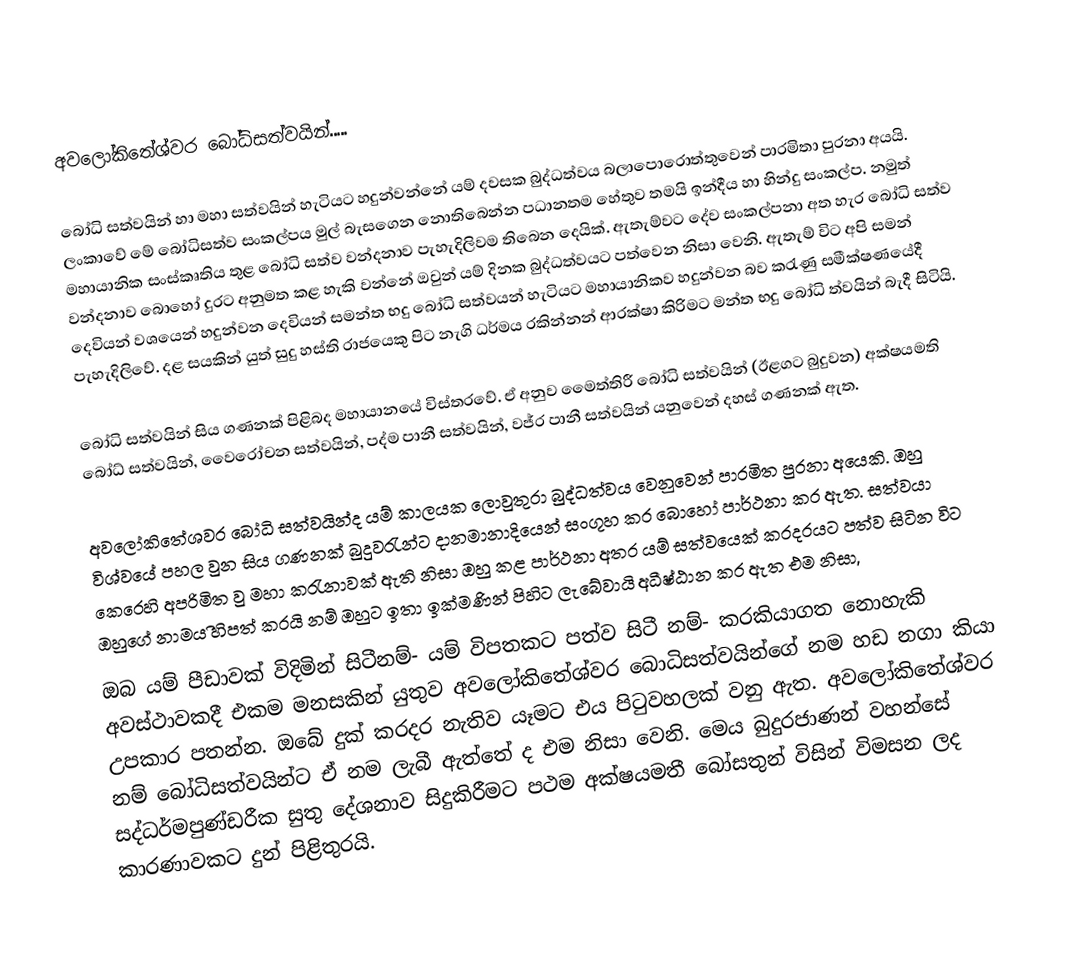
අවලෝකිතේශ්වර බෝධිසත්වයින්.....

බෝධි සත්වයින් හා මහා සත්වයින් හැටියට හදුන්වන්නේ යම් දවසක බුද්ධත්වය බලාපොරොත්තුවෙන් පාරමිතා පුරනා අයයි. ලංකාවේ මේ බෝධිසත්ව සංකල්පය මුල් බැසගෙන නොතිබෙන්න පධානතම හේතුව තමයි ඉන්දීය හා හින්දු සංකල්ප. නමුත් මහායානික සංස්කෘතිය තුළ බෝධි සත්ව වන්දනාව පැහැදිලිවම තිබෙන දෙයික්. ඇතැම්වට දේව සංකල්පනා අත හැර බෝධි සත්ව වන්දනාව බොහෝ දුරට අනුමත කළ හැකි වන්නේ ඔවුන් යම් දිනක බුද්ධත්වයට පත්වෙන නිසා වෙනි.  ඇතැම් විට අපි සමන් දෙවියන් වශයෙන් හදුන්වන දෙවියන් සමන්ත භදු බෝධි සත්වයන් හැටියට මහායානිකව හදුන්වන බව කරැණු සමීක්ෂණයේදී පැහැදිලිවේ. දළ සයකින් යුත් සුදු හස්ති රාජයෙකු පිට නැගි ධර්මය  රකින්නන් ආරක්ෂා කිරිමට මන්ත භදු බෝධි ත්වයින් බැදී සිටියි.

බෝධි සත්වයින් සිය ගණනක් පිළිබද මහායානයේ විස්තරවේ. ඒ අනුව මෛත්තිරී බෝධි සත්වයින් (ඊළගට බුදුවන) අක්ෂයමති බෝධ් සත්වයින්, වෛරෝචන සත්වයින්, පද්ම පානී සත්වයින්, වජ්ර පානී සත්වයින් යනුවෙන් දහස් ගණනක් ඇත.

අවලෝකිතේශවර බෝධි සත්වයින්ද යම් කාලයක ලොවුතුරා බුද්ධත්වය වෙනුවෙන් පාරමිත පුරනා අයෙකි. ඔහු විශ්වයේ පහල වුන සිය ගණනක් බුදුවරැන්ට දානමානාදියෙන් සංගූහ කර බොහෝ පාර්ථනා කර ඇත. සත්වයා කෙරෙහි අපරිමිත වු මහා කරැනාවක් ඇති නිසා ඔහු කළ පාර්ථනා අතර යම් සත්වයෙක් කරදරයට පත්ව සිටින විට ඔහුගේ නාමය ිහිපත් කරයි නම් ඔහුට ඉතා ඉක්මණින් පිහිට ලැබේවායි අධීෂ්ඨාන කර ඇත එම නිසා,
ඔබ යම් පීඩාවක් විදිමින් සිටීනම්- යම් විපතකට පත්ව සිටී නම්- කරකියාගත නොහැකි අවස්ථාවකදී එකම මනසකින් යුතුව අවලෝකිතේශ්වර බොධිසත්වයින්ගේ නම හඩ නගා කියා උපකාර පතන්න. ඔබේ දුක් කරදර නැතිව යෑමට එය පිටුවහලක් වනු ඇත. අවලෝකිතේශ්වර නම් බෝධිසත්වයින්ට ඒ නම ලැබී ඇත්තේ ද එම නිසා වෙනි. මෙය බුදුරජාණන් වහන්සේ සද්ධර්මපුණ්ඩරීක සුතු දේශනාව සිදුකිරීමට පථම අක්ෂයමතී බෝසතුන් විසින් විමසන ලද කාරණාවකට දුන් පිළිතුරයි.